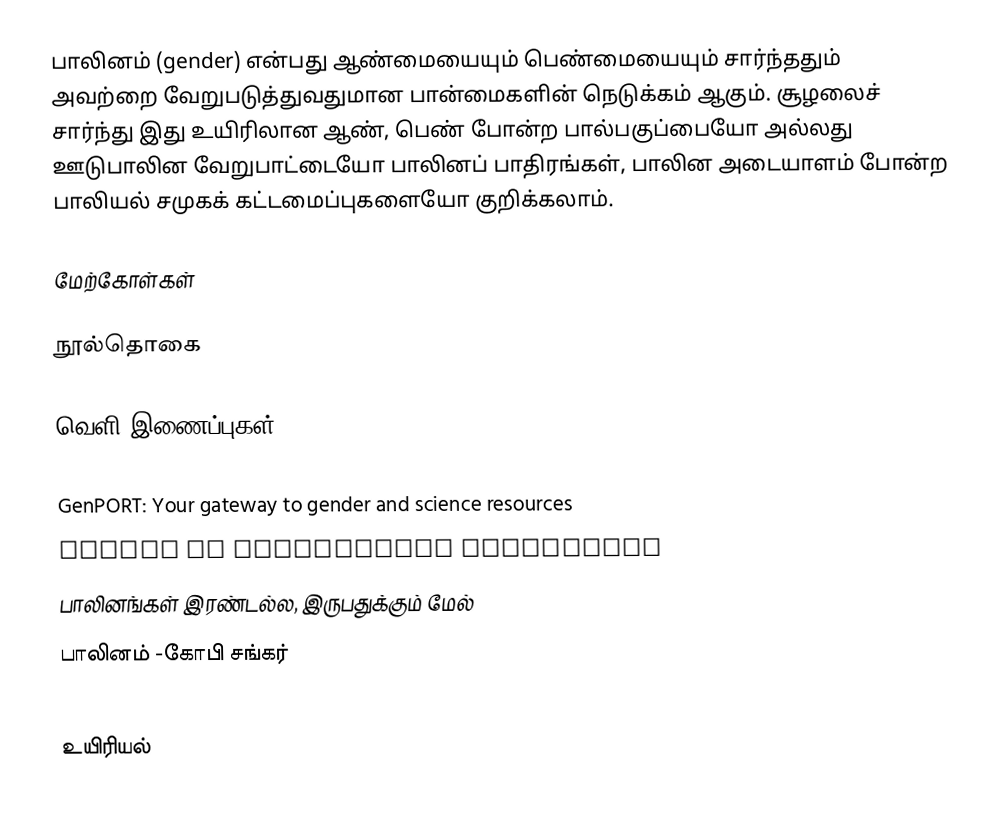
பாலினம் (gender)  என்பது ஆண்மையையும் பெண்மையையும் சார்ந்ததும் அவற்றை வேறுபடுத்துவதுமான பான்மைகளின் நெடுக்கம் ஆகும். சூழலைச் சார்ந்து இது உயிரிலான ஆண், பெண் போன்ற பால்பகுப்பையோ  அல்லது ஊடுபாலின வேறுபாட்டையோ பாலினப் பாதிரங்கள், பாலின அடையாளம் போன்ற பாலியல் சமுகக் கட்டமைப்புகளையோ குறிக்கலாம்.

மேற்கோள்கள்

நூல்தொகை

வெளி இணைப்புகள்

 GenPORT: Your gateway to gender and science resources
 Gender in Agriculture Sourcebook
 பாலினங்கள் இரண்டல்ல, இருபதுக்கும் மேல்
 பாலினம் -கோபி சங்கர்

உயிரியல்